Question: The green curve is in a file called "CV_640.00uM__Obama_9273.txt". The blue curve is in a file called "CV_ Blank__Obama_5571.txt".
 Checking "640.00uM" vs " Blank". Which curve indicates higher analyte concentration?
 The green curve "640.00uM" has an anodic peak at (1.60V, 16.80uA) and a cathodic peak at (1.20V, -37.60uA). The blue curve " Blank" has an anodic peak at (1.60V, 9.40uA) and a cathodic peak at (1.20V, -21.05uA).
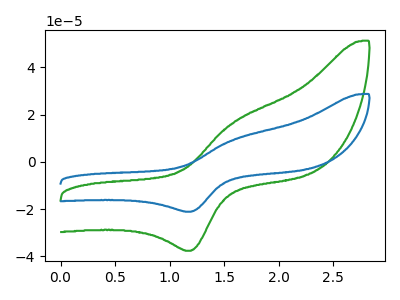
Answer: <think>All the peaks in "640.00uM" have a peak in " Blank" at the same potential. Every peak in "640.00uM" is higher than every peak in " Blank".
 </think>
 <answer>"640.00uM" has more signal than " Blank" and so likely has a higher concentration.</answer>
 <eval>more_concentration</eval>